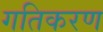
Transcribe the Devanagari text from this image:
गतिकरण